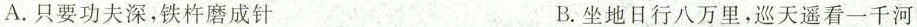
A. 只要功夫深，铁杵磨成针 B. 坐地日行八万里，巡天遥看一千河